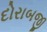
દોરાબજી